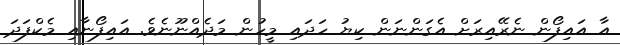
އާ އައިފޯން ނެރޭއިރަށް އެގަންނަން ކިޔު ހަދައި މީހުން މަދެއްނޫނެވެ. އައިފޯނާއި މެކްފަދަ